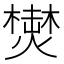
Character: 𱬗